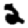
Digit: 2